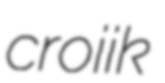
croiik